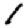
Digit: 1